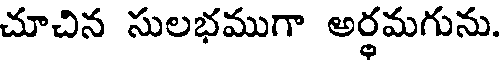
చూచిన సులభముగా అర్థమగును.